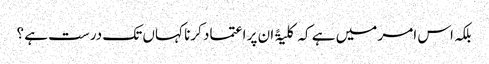
بلکہ اس امر میں ہے کہ کلیۃً ان پر اعتماد کرنا کہاں تک درست ہے ؟